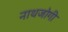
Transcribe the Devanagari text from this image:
नाथजोगी